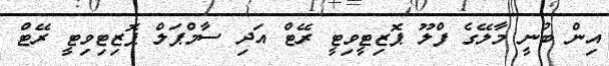
އިން ބުނީ މާލޭގެ ފްލޫ ޕޮޒިޓީވިޓީ ރޭޓް އަދި ސާމްޕަލް ޕޮޒިޓިވިޓީ ރޭޓް